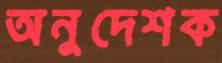
অনুদেশক